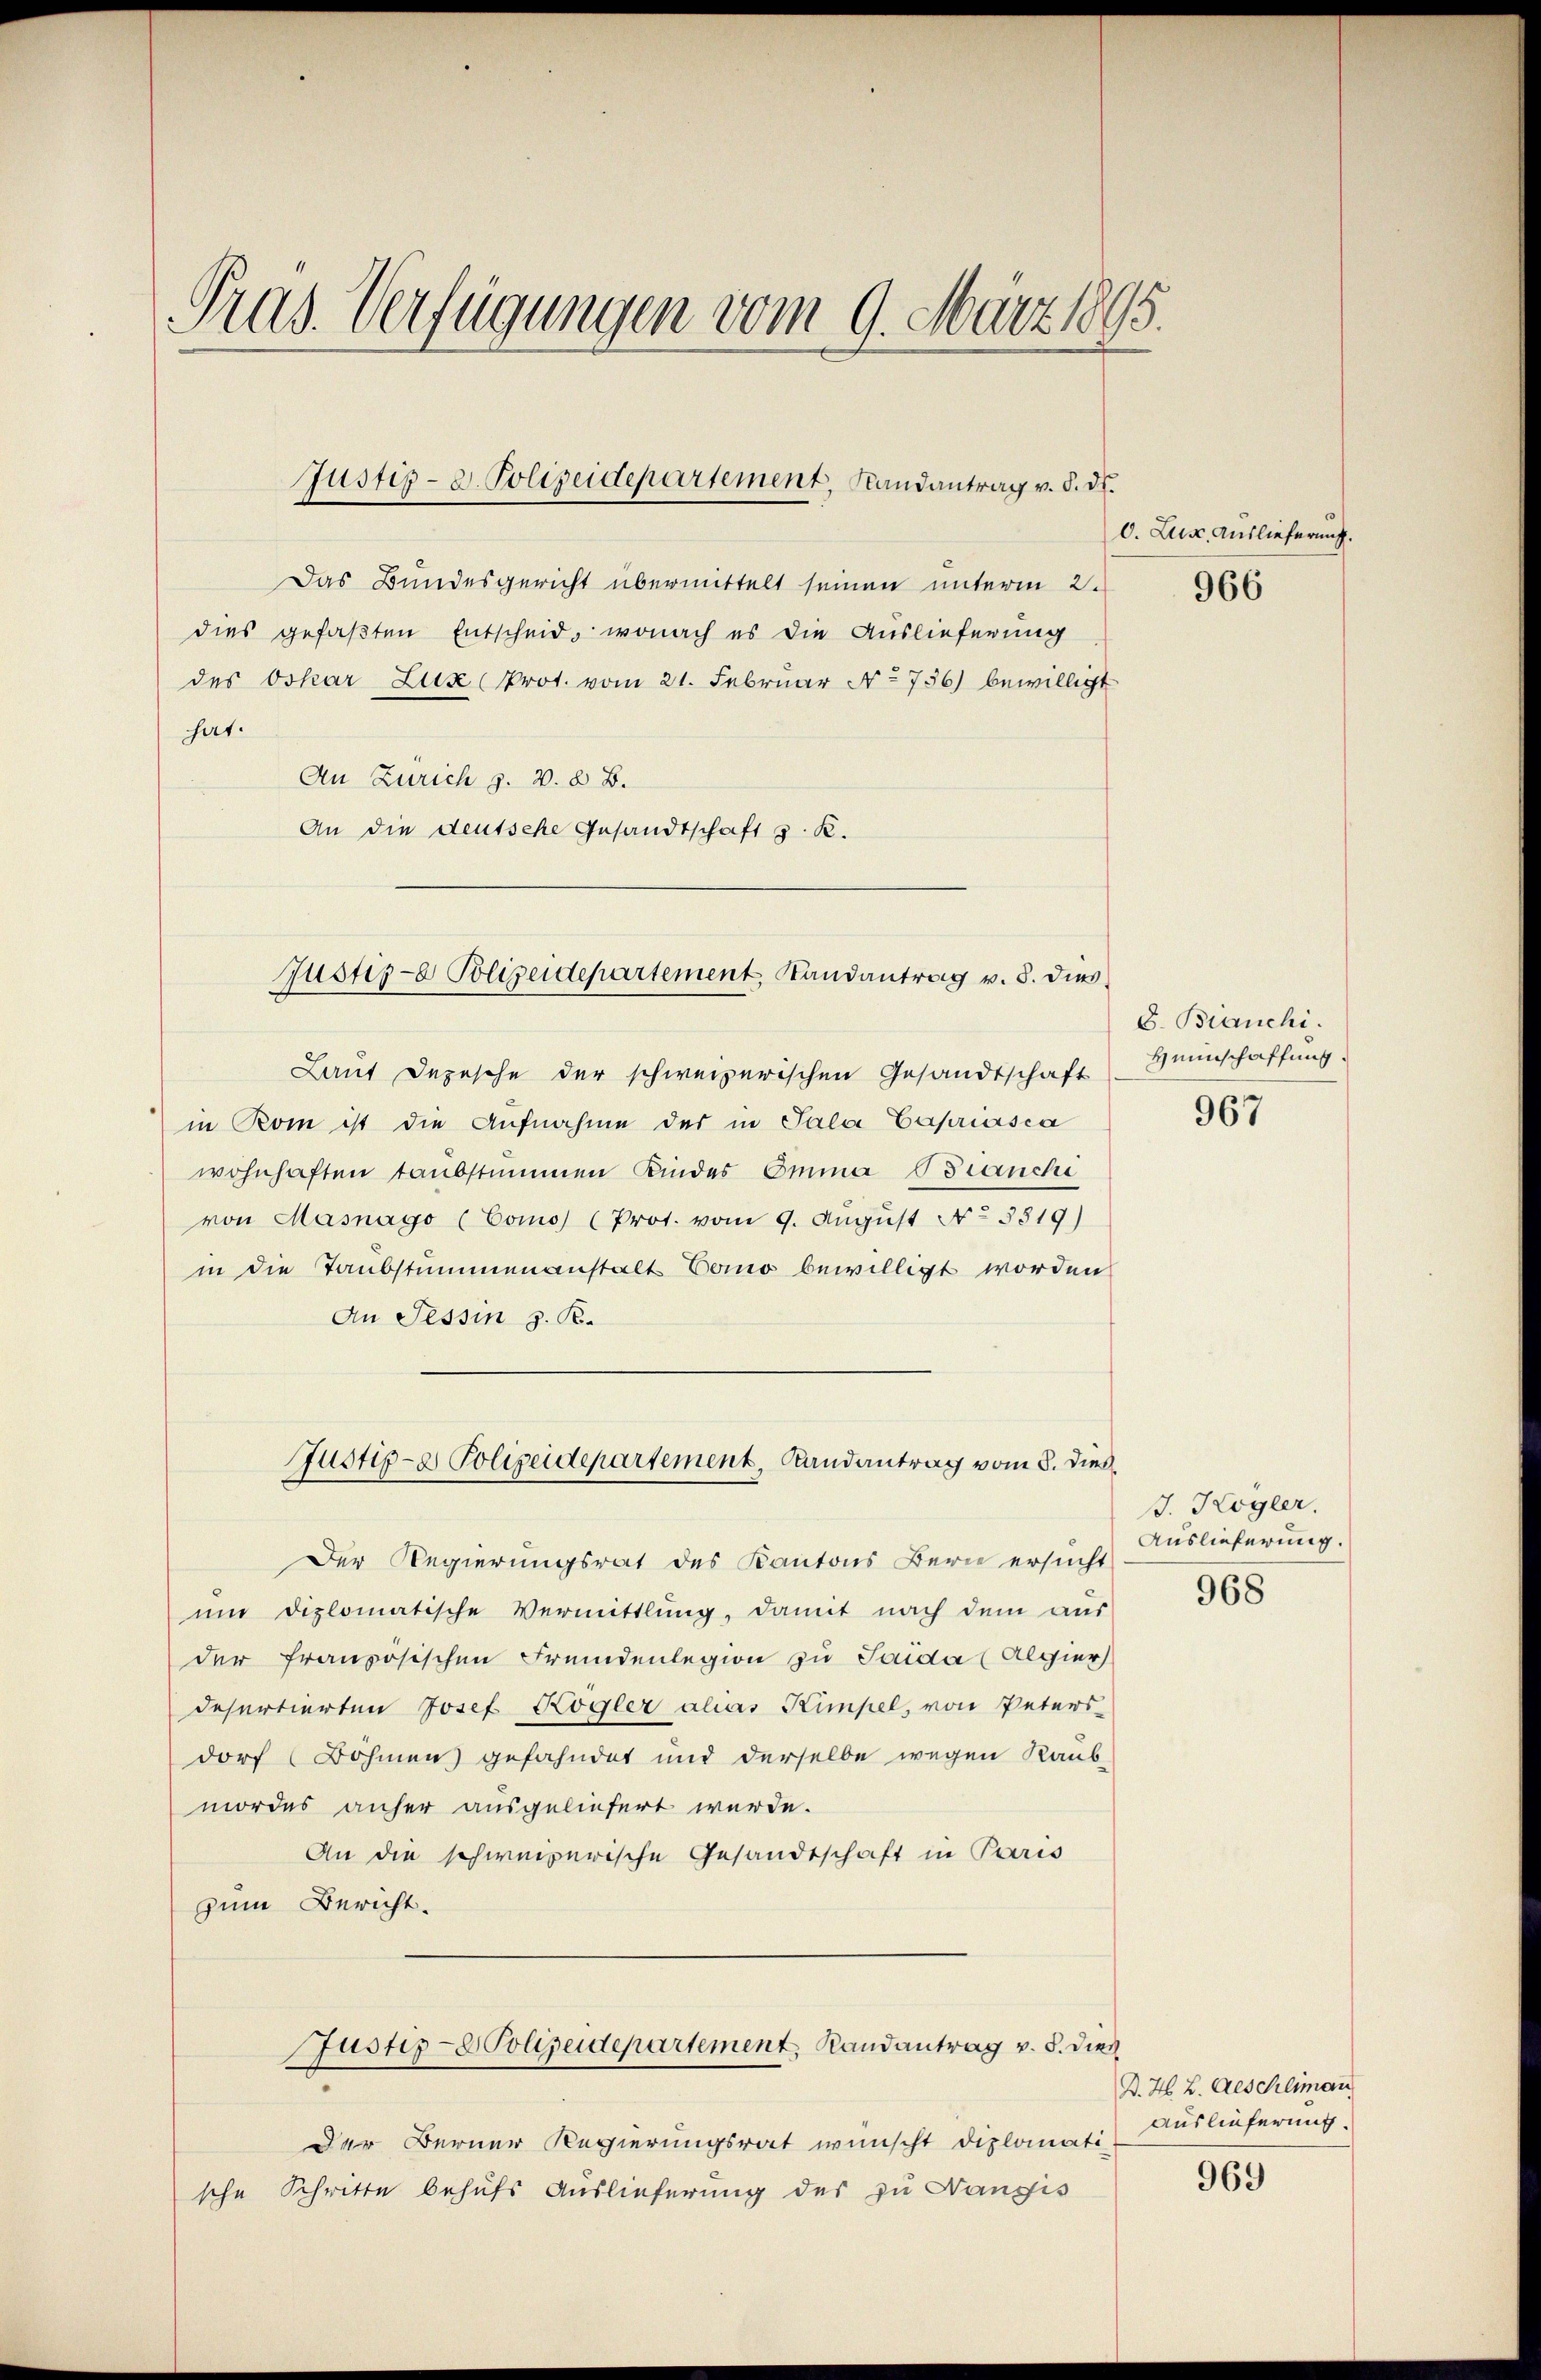
Pras. Verfügungen vom 9. März 1895.

Justiz-d. Polizeidepartement, Randantrag v. 8. ds.

Das Bundesgericht übermittelt seinen unterm 2.
dies gefaßten Entscheid, wonach es die Auslieferung
des Oskar Lux (Prot. vom 21. Februar No 756) bewilligt
hat.
An Zürich z. v. 8. B.
An die deutsche Gesandtschaft s. K.

Justiz- Polizeidepartement, Randantrag v. 8. dies

in Rom ist die Aufnahme des in Sala Capriasca
wohnhaften taubstimmen Kindes Emma Bianchi
von Masnago (Como (Prot. vom 9. August No 3819)
in die Taubstummenanstalt Tomo bewilligt worden
An Tessin z. B.
Der Regierungsrat des Kantons Bern ersucht
um diplomatische Vermittlung, damit nach dem aus
der französischen Fremdenlegion zu Soida (Algier
desertierten Josef Kögler alias Kimpel, von Peters
dorf (Böhmen gefahndet und derselbe wegen Raub-
mordes anher ausgeliefert werde.
An die schweizerische Gesandtschaft in Paris
zum Bericht.
Justiz-Polizeidepartement, Randantrag v. 5. dies
Der Berner Regierungsrat wünscht diplomati
sche Schritte behufs Auslieferung des zu Hangis

Justiz- & Polizeidepartement, Landantrag vom 8. dieß¬

Laut Depesche der schweizerischen Gesandtschaft

O. Lus, Auslieferung.

966

8. Branchi.
Heimschaffung.

967

J. Högler.
Auslieferung.

968

B. H. B. Geschliman
Auslieferung.

969